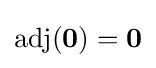
\operatorname {adj} (\mathbf {0} )=\mathbf {0}